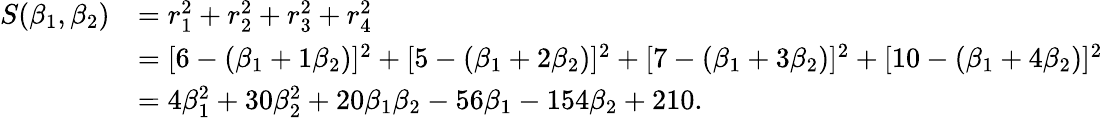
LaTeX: {\begin{array}{rl}{S(\beta_{1},\beta_{2})}&{=r_{1}^{2}+r_{2}^{2}+r_{3}^{2}+r_{4}^{2}}\\ &{=[6-(\beta_{1}+1\beta_{2})]^{2}+[5-(\beta_{1}+2\beta_{2})]^{2}+[7-(\beta_{1}+3\beta_{2})]^{2}+[10-(\beta_{1}+4\beta_{2})]^{2}}\\ &{=4\beta_{1}^{2}+30\beta_{2}^{2}+20\beta_{1}\beta_{2}-56\beta_{1}-154\beta_{2}+210.}\end{array}}